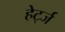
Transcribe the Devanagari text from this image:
हेर्ट्ज